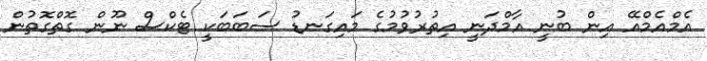
އެމްއެމްއޭ އިން ބުނީ އާމްދަނީ އިތުރުވުމުގެ މައިގަނޑު ސަބަބަކީ ޓެކްސް ނޫން ގޮތްގޮތުން